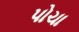
પોચા